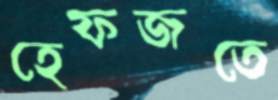
হেফজতে